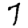
Digit: 7